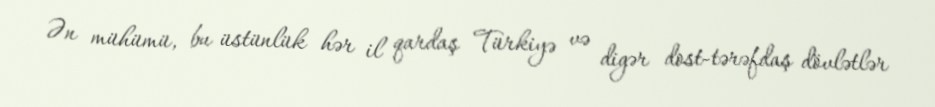
Ən mühümü, bu üstünlük hər il qardaş Türkiyə və digər dost-tərəfdaş dövlətlər